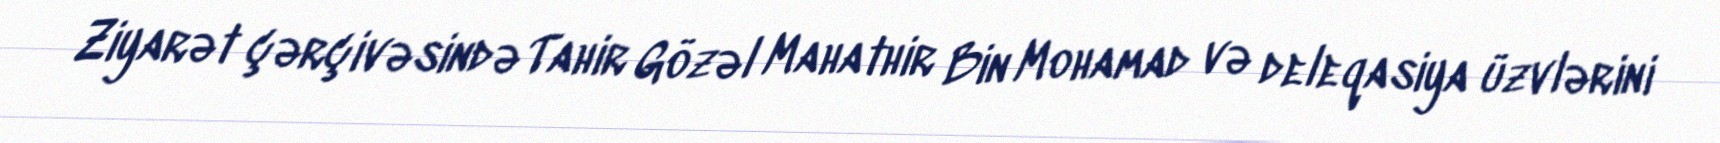
Ziyarət çərçivəsində Tahir Gözəl Mahathir Bin Mohamad və deleqasiya üzvlərini